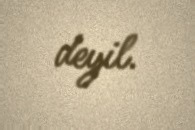
deyil.